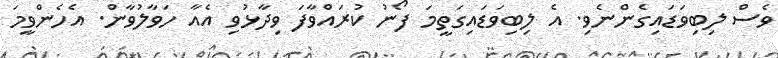
ވެސް ލިބިވަޑައިގެންނެވި. އެ ލިބިވަޑައިގަތީމަ ފޯނު ކުރައްވާފަ ވިދާޅުވި އެއާ ހަވާލުވާން. އެހެންވީމަ